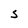
Character: S